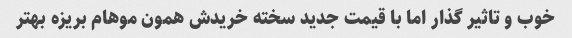
خوب و تاثیر گذار اما با قیمت جدید سخته خریدش همون موهام بریزه بهتر